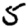
Digit: 5